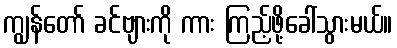
ကျွန်တော် ခင်ဗျားကို ကား ကြည့်ဖို့ခေါ်သွားမယ်။